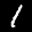
Label: 1